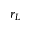
r _ { L }